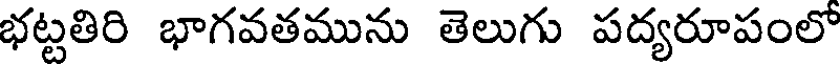
భట్టతిరి భాగవతమును తెలుగు పద్యరూపంలో